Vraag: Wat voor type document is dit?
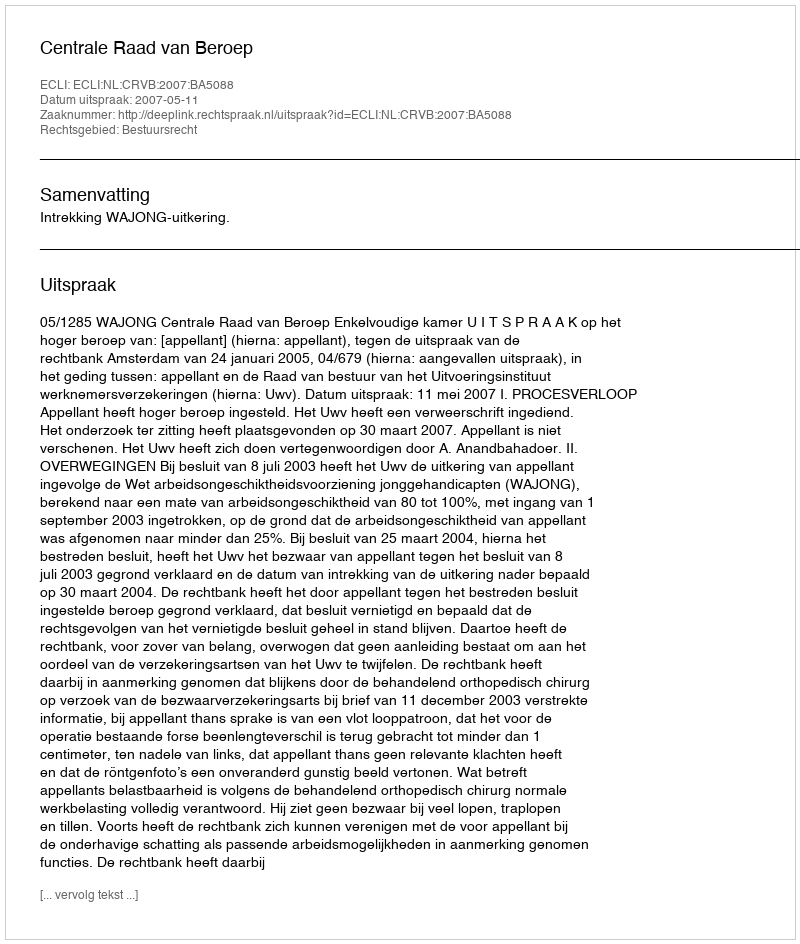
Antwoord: Uitspraak